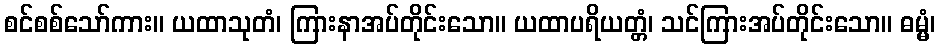
စင်စစ်သော်ကား။ ယထာသုတံ၊ ကြားနာအပ်တိုင်းသော။ ယထာပရိယတ္တံ၊ သင်ကြားအပ်တိုင်းသော။ ဓမ္မံ၊